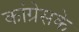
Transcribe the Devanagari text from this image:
कांग्रेसके